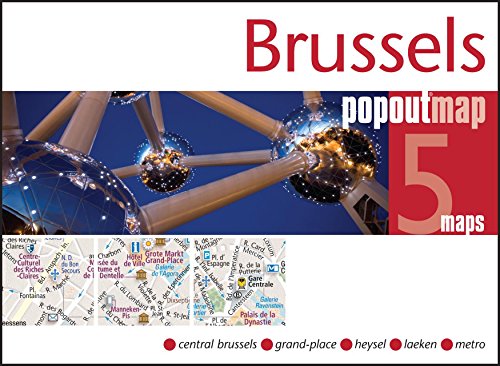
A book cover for Brussels PopOut Map (PopOut Maps); Popout Maps; Travel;